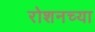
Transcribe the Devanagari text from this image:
रोशनच्या